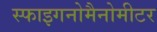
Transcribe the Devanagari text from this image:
स्फाइगनोमैनोमीटर